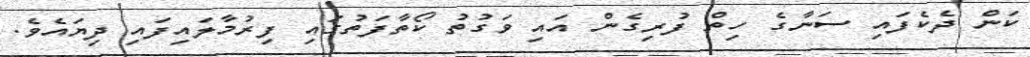
ކަން ދެކެފައި ސަނާގެ ހިތް ފުރިގެން އައި ވަގުތު ކޯތާފަތުގައި ފިރުމާލައިފައި ދިޔައެވެ.